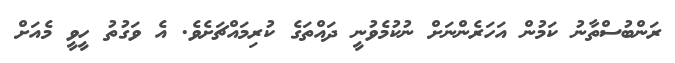
ރަންބުސްތާނު ކަމުން އަހަރެންނަށް ނުކުމެވުނީ ދައްތަގެ ކުރިމައްޗަށެވެ. އެ ވަގުތު ހީވީ މެއަށް